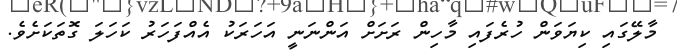
މާލޭގައި ކިޔަވަން ހުރެފައި މާހިން ރަށަށް އަންނަނީ އަހަރަކު އެއްފަހަރު ކަހަލަ ގޮތަކަށެވެ.